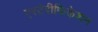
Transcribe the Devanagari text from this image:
एस्टेरीफिकेशन